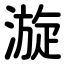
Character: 漩